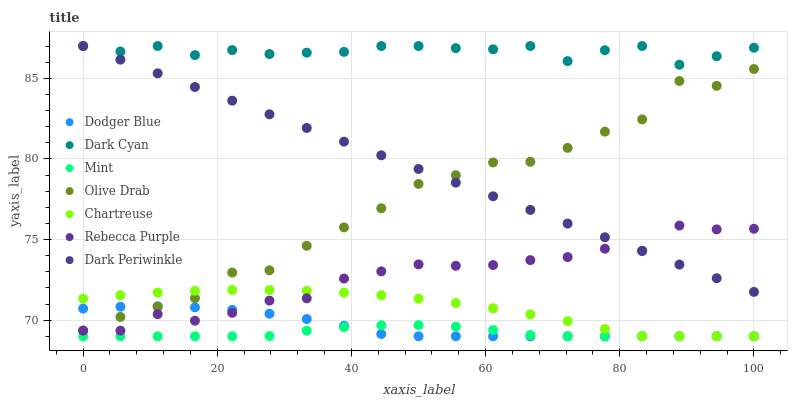
| xaxis_label | Dodger Blue | Dark Cyan | Mint | Olive Drab | Chartreuse | Rebecca Purple | Dark Periwinkle |
 | --- | --- | --- | --- | --- | --- | --- | --- |
 | 0 | 70.7 | 87 | 69 | 69.3 | 71.3 | 69.4 | 87 |
 | 5.56 | 70.8 | 86.7 | 69 | 70.2 | 71.5 | 69.3 | 86.2 |
 | 11.1 | 70.9 | 87 | 69 | 70.8 | 71.7 | 70.4 | 85.3 |
 | 16.7 | 70.8 | 86.4 | 69 | 71.4 | 71.8 | 70 | 84.5 |
 | 22.2 | 70.6 | 86.7 | 69 | 72.9 | 71.9 | 70.5 | 83.6 |
 | 27.8 | 70.4 | 86.5 | 69 | 73.1 | 71.9 | 71.2 | 82.8 |
 | 33.3 | 70.1 | 86.6 | 69.3 | 74.6 | 71.8 | 71.4 | 81.9 |
 | 38.9 | 69.6 | 86.6 | 69.6 | 75.8 | 71.7 | 72.6 | 81.1 |
 | 44.4 | 69.1 | 87 | 69.7 | 76.9 | 71.5 | 73 | 80.2 |
 | 50 | 69 | 87 | 69.7 | 78.4 | 71.3 | 73.5 | 79.4 |
 | 55.6 | 69 | 86.9 | 69.6 | 79 | 71.1 | 73.4 | 78.5 |
 | 61.1 | 69 | 86.8 | 69.4 | 79.8 | 70.7 | 73.4 | 77.7 |
 | 66.7 | 69 | 87 | 69.1 | 79.8 | 70.4 | 73.7 | 76.8 |
 | 72.2 | 69 | 86.1 | 69 | 80.7 | 69.9 | 73.9 | 76 |
 | 77.8 | 69 | 86.7 | 69 | 81.7 | 69.4 | 74.4 | 75.1 |
 | 83.3 | 69 | 87 | 69 | 82.4 | 69 | 74.3 | 74.3 |
 | 88.9 | 69 | 85.8 | 69 | 84.8 | 69 | 75.9 | 73.4 |
 | 94.4 | 69 | 86.4 | 69 | 84.5 | 69 | 75.6 | 72.6 |
 | 100 | 69 | 86.9 | 69 | 85.6 | 69 | 75.7 | 71.8 |